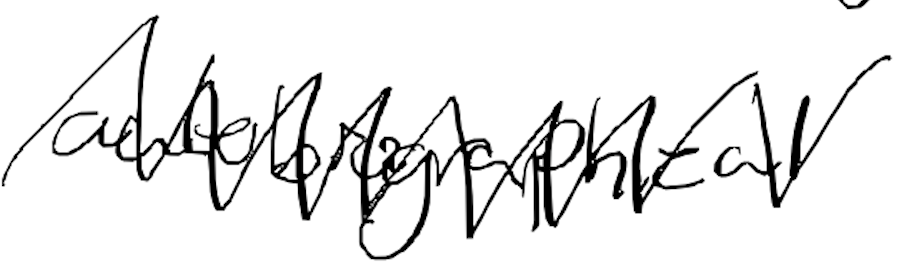
Text: autobiographical
Cross-out: zig-zag
Writing tool: digital_black